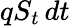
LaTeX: qS_{t}\, dt